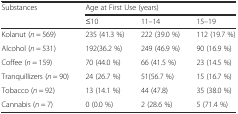
| <ROWSPAN=2> Substances | <COLSPAN=3> Age at First Use (years) |
 | ≤10 | 11–14 | 15–19 |
 | --- | --- | --- | --- |
 | Kolanut (n = 569) | 235 (41.3 %) | 222 (39.0 %) | 112 (19.7 %) |
 | Alcohol (n = 531) | 192(36.2 %) | 249 (46.9 %) | 90 (16.9 %) |
 | Coffee (n = 159) | 70 (44.0 %) | 66 (41.5 %) | 23 (14.5 %) |
 | Tranquillizers (n = 90) | 24 (26.7 %) | 51(56.7 %) | 15 (16.7 %) |
 | Tobacco (n = 92) | 13 (14.1 %) | 44 (47.8) | 35 (38.0 %) |
 | Cannabis (n = 7) | 0 (0.0 %) | 2 (28.6 %) | 5 (71.4 %) |